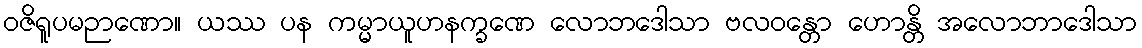
ဝဇိရူပမဉာဏော။ ယဿ ပန ကမ္မာယူဟနက္ခဏေ လောဘဒေါသာ ဗလဝန္တော ဟောန္တိ အလောဘာဒေါသာ